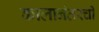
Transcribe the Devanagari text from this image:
कालानंतरची